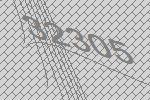
32305